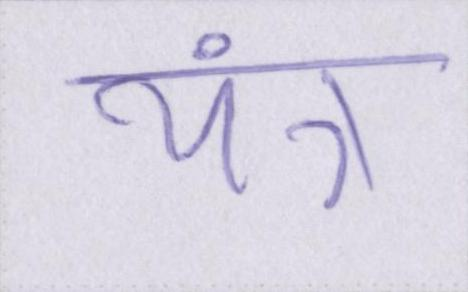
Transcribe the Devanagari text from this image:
यंत्र